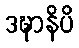
ဒဍ္ဎာနိပိ